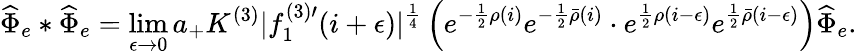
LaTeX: \widehat{\Phi}_{e}*\widehat{\Phi}_{e}=\operatorname*{lim}_{\epsilon\to 0}a_{+}K^{(3)}|f_{1}^{(3)\prime}(i+\epsilon)|^{\frac{1}{4}}\left(e^{-\frac{1}{2}\rho(i)}e^{-\frac{1}{2}\bar{\rho}(i)}\cdot e^{\frac{1}{2}\rho(i-\epsilon)}e^{\frac{1}{2}\bar{\rho}(i-\epsilon)}\right)\widehat{\Phi}_{e}.